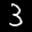
Label: 3